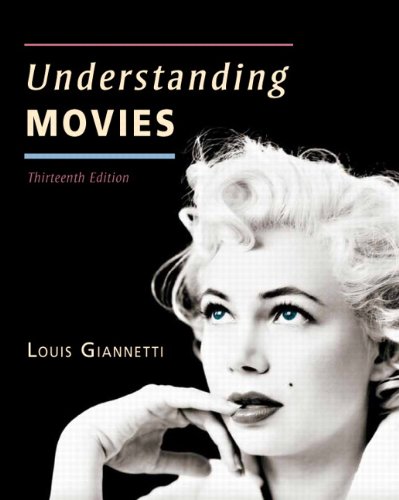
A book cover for Understanding Movies (13th Edition); Louis Giannetti; Humor & Entertainment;